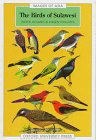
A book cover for The Birds of Sulawesi (Images of Asia); Derek Holmes; Travel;